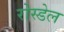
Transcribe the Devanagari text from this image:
रोस्डेल